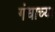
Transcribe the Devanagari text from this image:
गंधाच्या